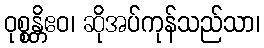
ဝုစ္စန္တိဧဝ၊ ဆိုအပ်ကုန်သည်သာ၊